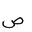
Letter: _sad